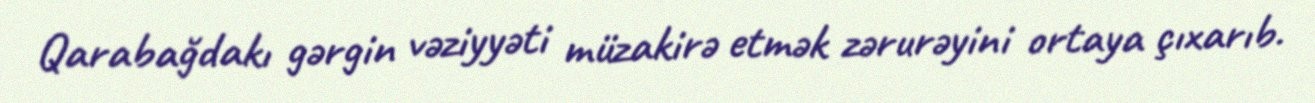
Qarabağdakı gərgin vəziyyəti müzakirə etmək zərurəyini ortaya çıxarıb.